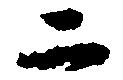
二